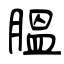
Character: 腽